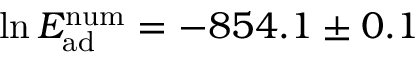
\ln E _ { \mathrm { a d } } ^ { \mathrm { n u m } } = - 8 5 4 . 1 \pm 0 . 1